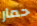
حمار